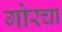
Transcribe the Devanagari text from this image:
गोरचा